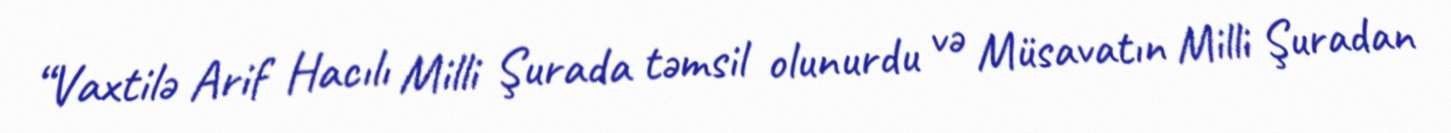
“Vaxtilə Arif Hacılı Milli Şurada təmsil olunurdu və Müsavatın Milli Şuradan